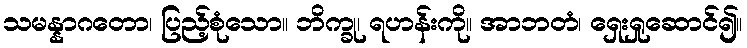
သမန္နာဂတော၊ ပြည့်စုံသော။ ဘိက္ခု၊ ရဟန်းကို။ အာဘတံ၊ ရှေးရှုဆောင်၍။